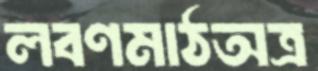
লবণমাঠঅত্র